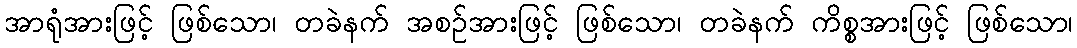
အာရုံအားဖြင့် ဖြစ်သော၊ တခဲနက် အစဉ်အားဖြင့် ဖြစ်သော၊ တခဲနက် ကိစ္စအားဖြင့် ဖြစ်သော၊